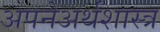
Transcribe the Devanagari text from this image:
अपनेअर्थशास्त्र